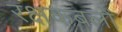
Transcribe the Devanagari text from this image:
रक्षकबलों